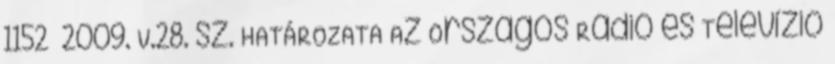
1152 2009. V.28. sz. HATÁROZATA Az Országos Rádió és Televízió